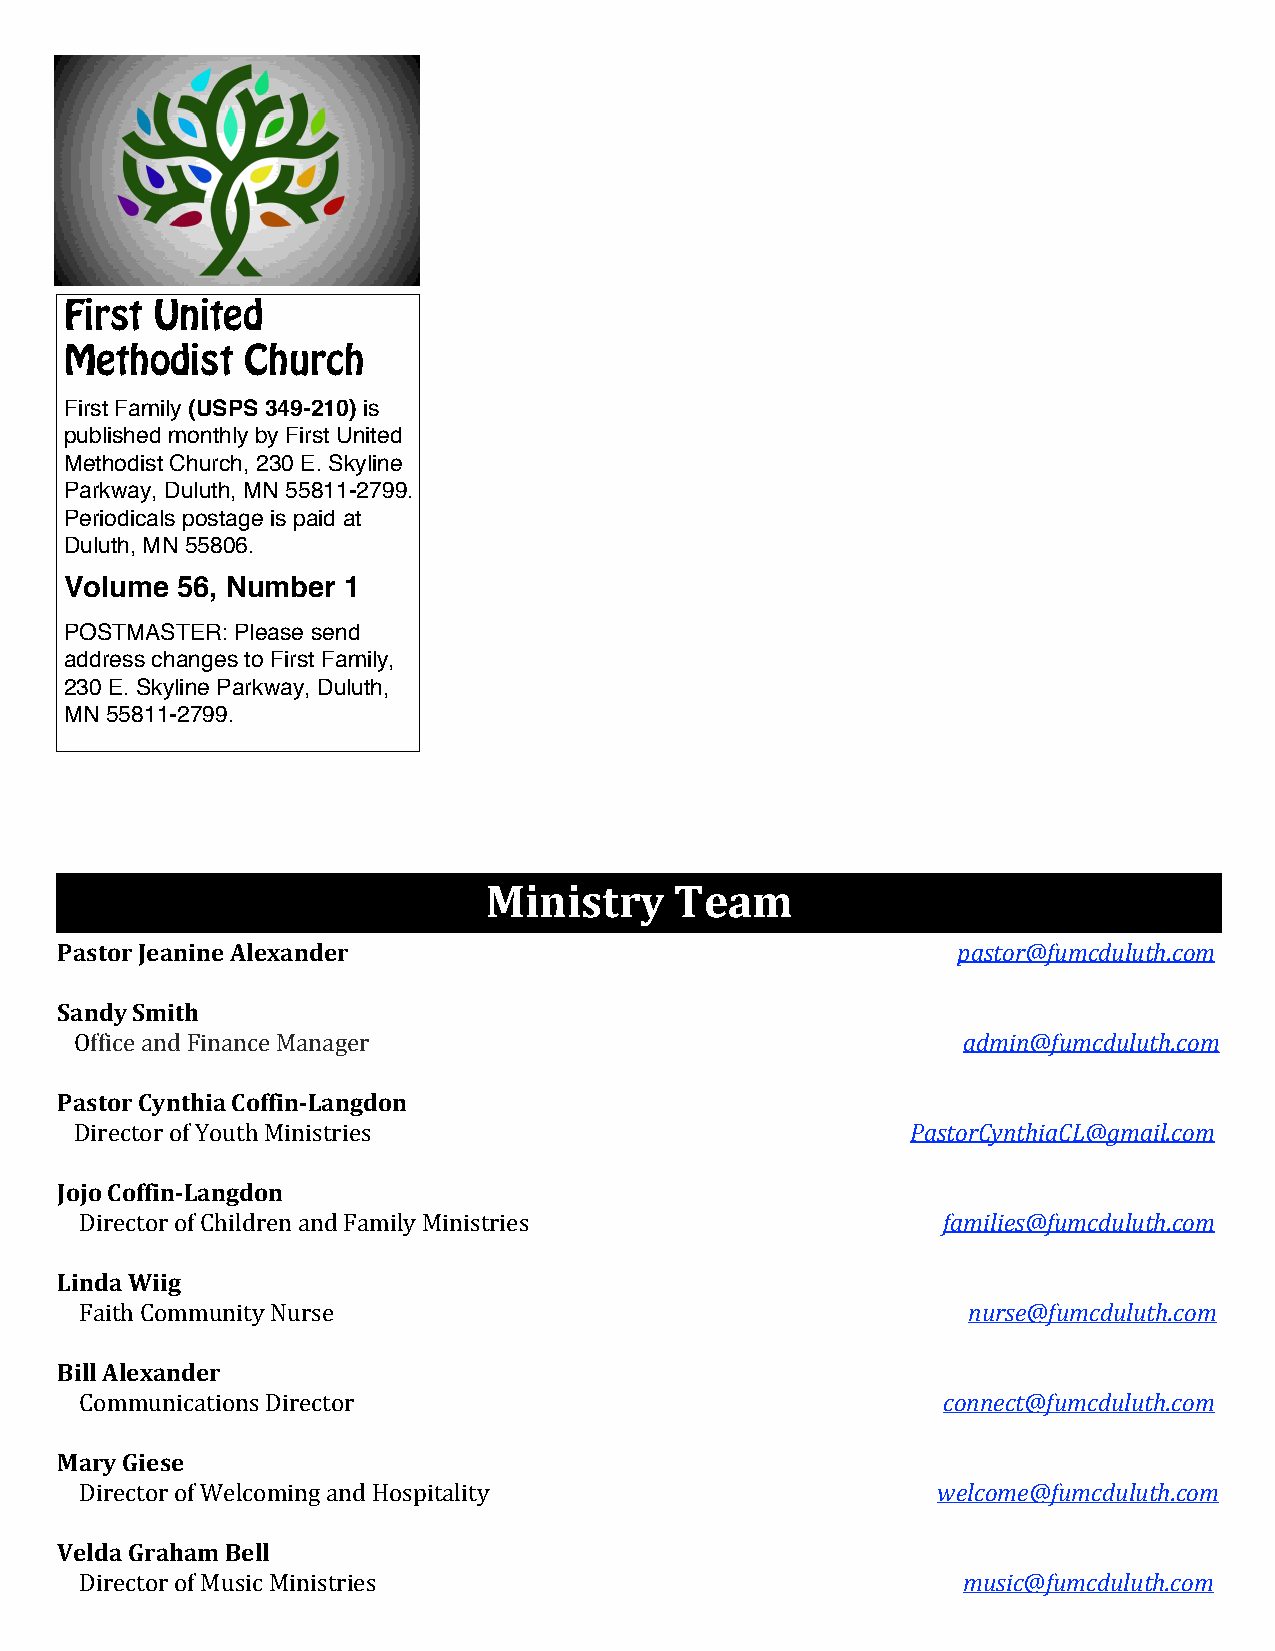
First United
 Methodist   Church
 First Family (USPS 349-210) is
 published monthly by First United
 Methodist Church, 230 E. Skyline
 Parkway, Duluth, MN 55811-2799.
 Periodicals postage is paid at
 Duluth, MN 55806.
 Volume  56, Number 1
 POSTMASTER: Please send
 address changes to First Family,
 230 E. Skyline Parkway, Duluth,
 MN 55811-2799.
 Ministry     Team
 PastorJeanineAlexander                                     pastor@fumcduluth.com
 SandySmith
 OfficeandFinanceManager                                    admin@fumcduluth.com
 PastorCynthiaCoffin-Langdon
 DirectorofYouthMinistries                              PastorCynthiaCL@gmail.com
 JojoCoffin-Langdon
 DirectorofChildrenandFamilyMinistries                    families@fumcduluth.com
 LindaWiig
 FaithCommunityNurse                                        nurse@fumcduluth.com
 BillAlexander
 CommunicationsDirector                                   connect@fumcduluth.com
 MaryGiese
 DirectorofWelcomingandHospitality                        welcome@fumcduluth.com
 VeldaGrahamBell
 DirectorofMusicMinistries                                  music@fumcduluth.com